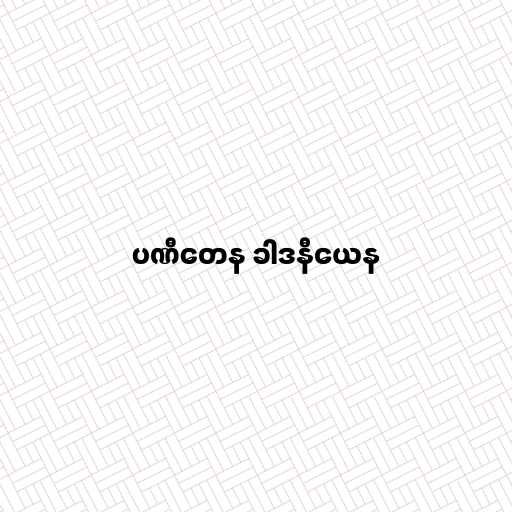
ပဏီတေန ခါဒနီယေန